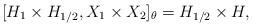
LaTeX: \begin{align*} [H_1 \times H_{1/2}, X_1 \times X_2 ]_{\theta} = H_{1/2} \times H,\end{align*}